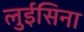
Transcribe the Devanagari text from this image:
लुईसिना